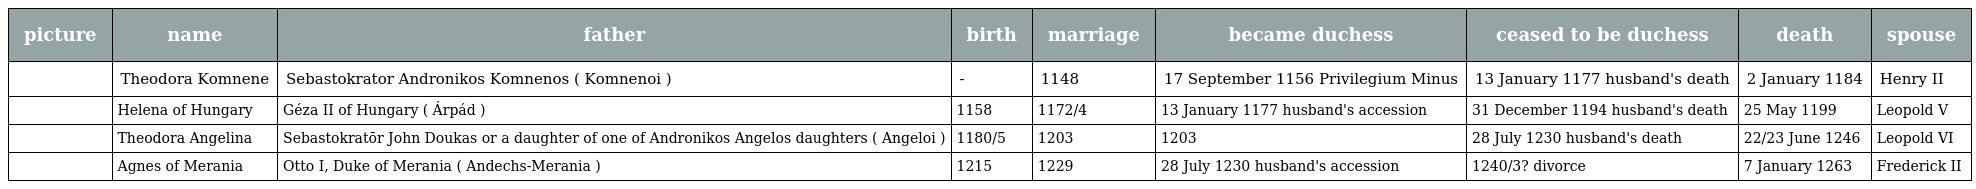
| picture | name | father | birth | marriage | became duchess | ceased to be duchess | death | spouse |
 | --- | --- | --- | --- | --- | --- | --- | --- | --- |
 |  | Theodora Komnene | Sebastokrator Andronikos Komnenos ( Komnenoi ) | - | 1148 | 17 September 1156 Privilegium Minus | 13 January 1177 husband's death | 2 January 1184 | Henry II |
 |  | Helena of Hungary | Géza II of Hungary ( Árpád ) | 1158 | 1172/4 | 13 January 1177 husband's accession | 31 December 1194 husband's death | 25 May 1199 | Leopold V |
 |  | Theodora Angelina | Sebastokratōr John Doukas or a daughter of one of Andronikos Angelos daughters ( Angeloi ) | 1180/5 | 1203 | 1203 | 28 July 1230 husband's death | 22/23 June 1246 | Leopold VI |
 |  | Agnes of Merania | Otto I, Duke of Merania ( Andechs-Merania ) | 1215 | 1229 | 28 July 1230 husband's accession | 1240/3? divorce | 7 January 1263 | Frederick II |